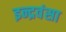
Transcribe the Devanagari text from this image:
इन्द्रवंसा